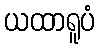
ယထာရူပံ